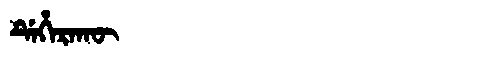
Manchu: ᡩᡝᡥᡝᡵᠠᡴᡡ
Romanization: DEHERAKŪ